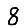
Digit: 8